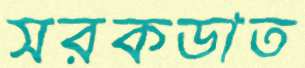
সরকডাত